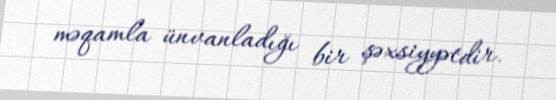
məqamla ünvanladığı bir şəxsiyyətdir.